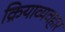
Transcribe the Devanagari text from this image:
क्रियाव्यवहार